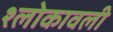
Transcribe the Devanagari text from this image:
श्लोकावली